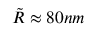
\tilde { R } \approx 8 0 n m